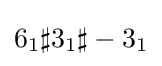
6_{1}\sharp 3_{1}\sharp -3_{1}